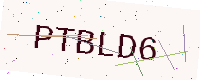
Text: PTBLD6